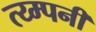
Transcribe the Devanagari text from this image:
त्य्म्पनी